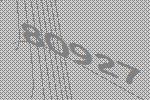
80927